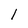
Character: I